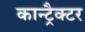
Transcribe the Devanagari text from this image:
कान्ट्रैक्टर